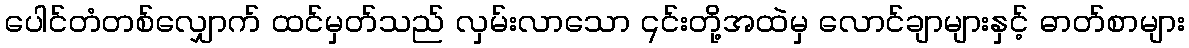
ပေါင်တံတစ်လျှောက် ထင်မှတ်သည် လှမ်းလာသော ၎င်းတို့အထဲမှ လောင်ချာများနှင့် ဓာတ်စာများ